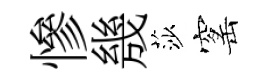
慘㡬莎窰